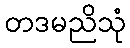
တဒမညိသုံ